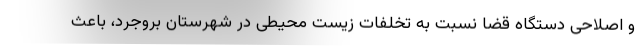
و اصلاحی دستگاه قضا نسبت به تخلفات زیست محیطی در شهرستان بروجرد، باعث